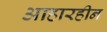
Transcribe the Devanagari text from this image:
आहारहीन